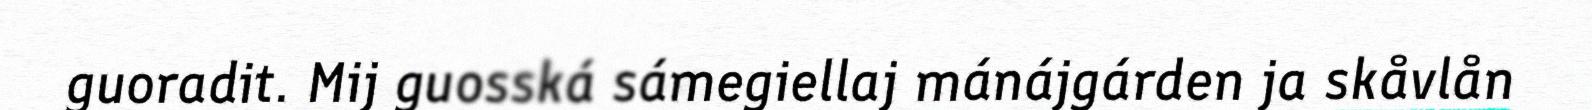
guoradit. Mij guosská sámegiellaj mánájgárden ja skåvlån